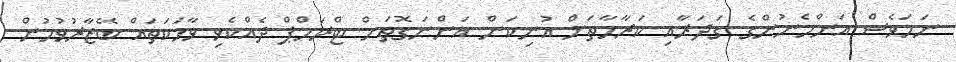
ނަމަވެސް އަންހެނުންގެ ގަދަރާއި ކަރާމާތަށް އުނިކަން އަންނަގޮތަށް ޓްރަމްޕް ދެއްކެވި ވާހަކަތައް ބޭޒާރުވުމުން